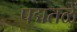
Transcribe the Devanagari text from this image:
पद्मतळें